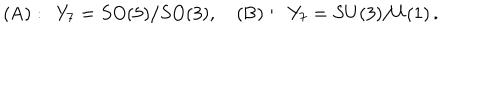
LaTeX: ( \mathrm { A } ) : \, \, \, Y _ { 7 } = S O ( 5 ) / S O ( 3 ) , \quad ( \mathrm { B } ) : \, \, \, Y _ { 7 } = S U ( 3 ) / U ( 1 ) \, .